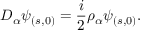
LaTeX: D _ { \alpha } \psi _ { ( s , 0 ) } = \frac { i } { 2 } \rho _ { \alpha } \psi _ { ( s , 0 ) } .